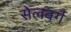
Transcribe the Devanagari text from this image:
सेलबर्ग